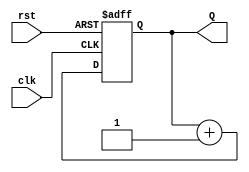
module binary_counter (
    input wire clk,        // Clock input
    input wire rst,        // Asynchronous reset
    output reg [3:0] Q     // 4-bit output
);

// State transition logic
always @(posedge clk or posedge rst) begin
    if (rst) begin
        Q <= 4'b0000; // Reset to state 0000
    end else begin
        Q <= Q + 1;   // Increment the counter
    end
end

endmodule